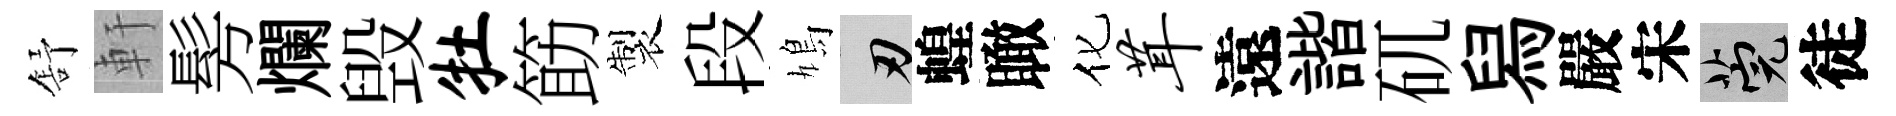
舒軒髣爛毁牡筯製段鳩刃蝗瞰化茸遠諧矹舄嚴宋筦徒